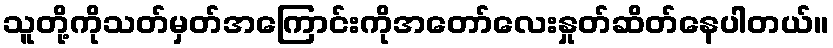
သူတို့ကိုသတ်မှတ်အကြောင်းကိုအတော်လေးနှုတ်ဆိတ်နေပါတယ်။